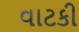
વાટકી